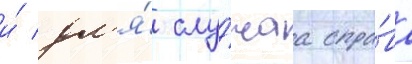
и́ дл'я́ слу́чаа спра́ва